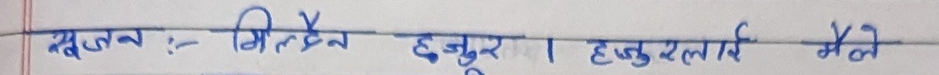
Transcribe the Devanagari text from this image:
सूचन :- मिल्दैन हजुर । हजुरलाई मैले